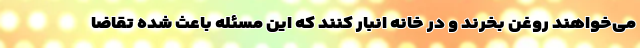
می‌خواهند روغن بخرند و در خانه انبار کنند که این مسئله باعث شده تقاضا